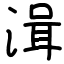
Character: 湒